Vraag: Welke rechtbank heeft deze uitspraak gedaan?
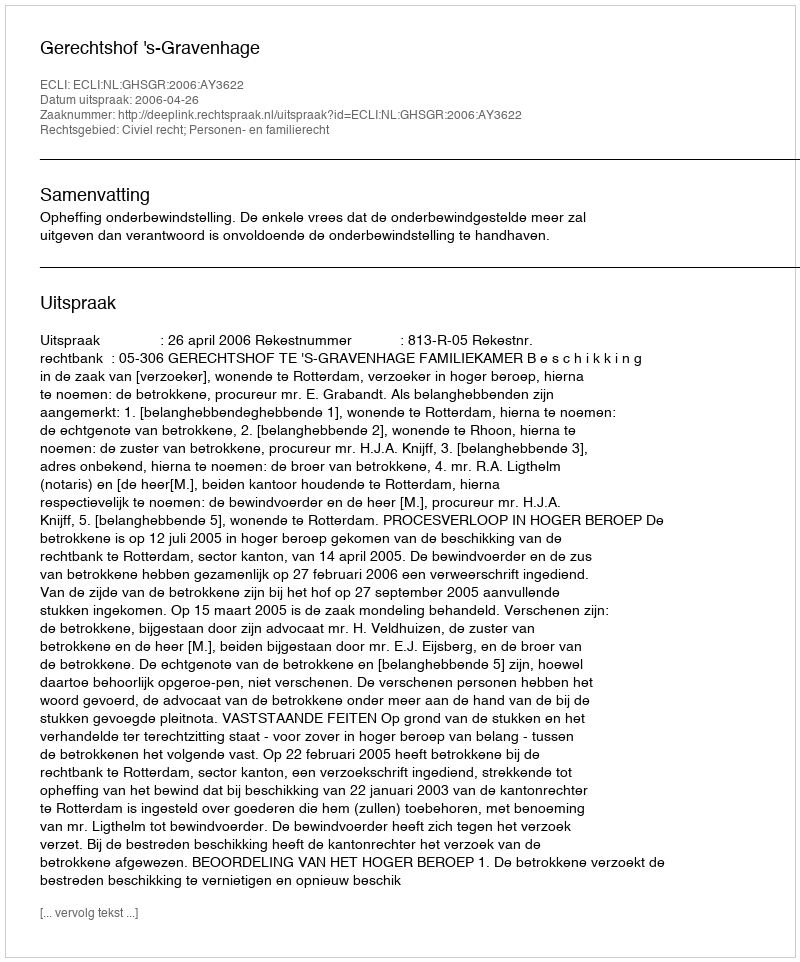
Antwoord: Gerechtshof 's-Gravenhage